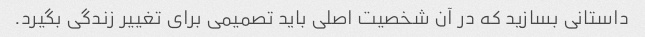
داستانی بسازید که در آن شخصیت اصلی باید تصمیمی برای تغییر زندگی بگیرد.